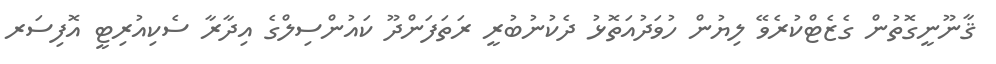
ޤާނޫނީގޮތުން ގެޒެޓްކުރެވޭ ލިޔުން ހުވަދުއަތޮޅު ދެކުނުބުރީ ރަތަފަންދޫ ކައުންސިލްގެ އިދާރާ ސެކިއުރިޓީ އޮފިސަރ